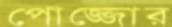
পোজ্জোর